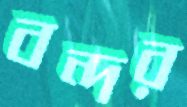
বন্দর